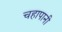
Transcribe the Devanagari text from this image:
चहापानी